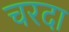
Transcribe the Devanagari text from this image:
चरदा